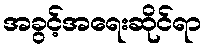
အခွင့်အရေးဆိုင်ရာ